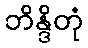
ဘိန္ဒိတုံ